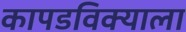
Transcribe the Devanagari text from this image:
कापडविक्याला